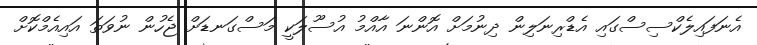
އެނަފައިލެކްސިސްގައި އެޑްރިނަލިން ދިނުމަށް އޮންނަ އާއްމު އުސޫލަކީ މަސްގަނޑަށް ޖެހުން ނުވަތަ އައިއެމްކޮށް